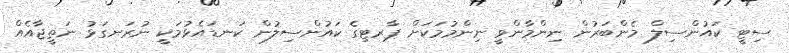
ސިޓީ ކައުންސިލް މެންބަރުން ނިންމާންވީ ނިންމުމަކަށް ޕާރޓިގެ ކައުންސިލުން ކަނޑައެޅުމަކީ ނުރަނގަޅު ނަތީޖާއެއް